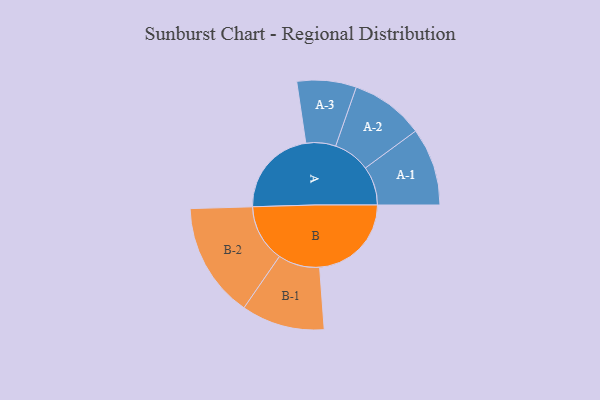
{"axis": {"x": "Segment", "y": "Value"}, "legend": ["", "A", "B"], "data": [{"x": "A", "y": 426, "type": ""}, {"x": "B", "y": 439, "type": ""}, {"x": "A-1", "y": 186, "type": "A"}, {"x": "A-2", "y": 176, "type": "A"}, {"x": "A-3", "y": 142, "type": "A"}, {"x": "B-1", "y": 199, "type": "B"}, {"x": "B-2", "y": 275, "type": "B"}]}